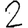
Digit: 2